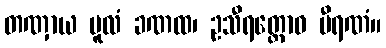
တဏှာယ မူလံ ခဏထ၊ ဥသီရတ္ထောဝ ဗီရဏံ။